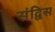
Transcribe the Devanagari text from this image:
संद्विस